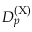
D _ { p } ^ { ( \mathrm { X ) } }